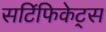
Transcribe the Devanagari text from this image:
सटि॔फिकेट्स